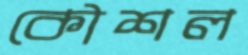
কৌশল